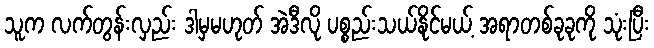
သူက လက်တွန်းလှည်း ဒါမှမဟုတ် အဲဒီလို ပစ္စည်းသယ်နိုင်မယ့် အရာတစ်ခုခုကို သုံးပြီး